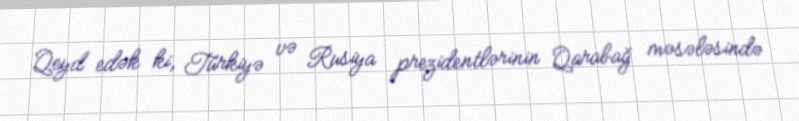
Qeyd edək ki, Türkiyə və Rusiya prezidentlərinin Qarabağ məsələsində